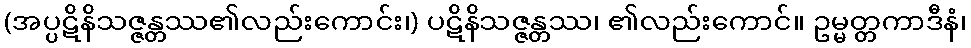
(အပ္ပဋိနိသဇ္ဇန္တဿ၏လည်းကောင်း၊) ပဋိနိသဇ္ဇန္တဿ၊ ၏လည်းကောင်။ ဥမ္မတ္တကာဒီနံ၊